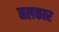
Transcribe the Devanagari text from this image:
नलकार